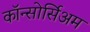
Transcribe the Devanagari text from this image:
कॉन्सोर्सिअम